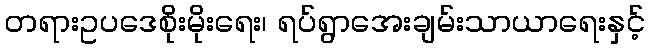
တရားဥပဒေစိုးမိုးရေး၊ ရပ်ရွာအေးချမ်းသာယာရေးနှင့်